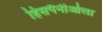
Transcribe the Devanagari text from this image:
हिसपैनीओला